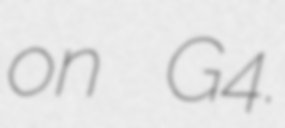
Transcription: on G4.